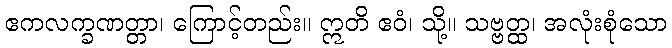
ဧကလက္ခဏတ္တာ၊ ကြောင့်တည်း။ ဣတိ ဧဝံ၊ သို့။ သဗ္ဗတ္ထ၊ အလုံးစုံသော